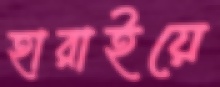
হারাইয়ে